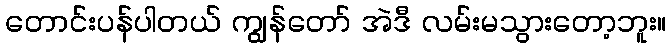
တောင်းပန်ပါတယ် ကျွန်တော် အဲဒီ လမ်းမသွားတော့ဘူး။